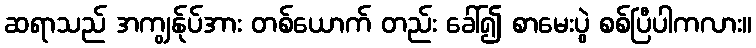
ဆရာသည် အကျွန်ုပ်အား တစ်ယောက် တည်း ခေါ်၍ စာမေးပွဲ စစ်ပြီပါကလား။